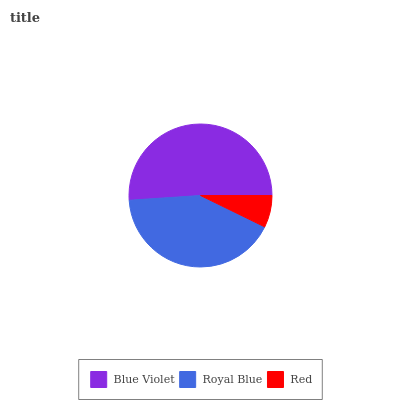
| Blue Violet | Royal Blue | Red |
 | --- | --- | --- |
 | 51.1% | 41.7% | 7.24% |